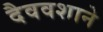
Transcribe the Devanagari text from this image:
दैववशाने